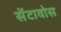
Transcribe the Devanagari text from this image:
सेंटावोस